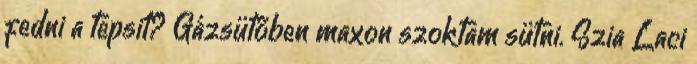
fedni a tepsit? Gázsütőben maxon szoktam sütni. Szia Laci